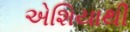
એશિયાથી